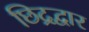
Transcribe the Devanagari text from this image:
छिद्रद्वार